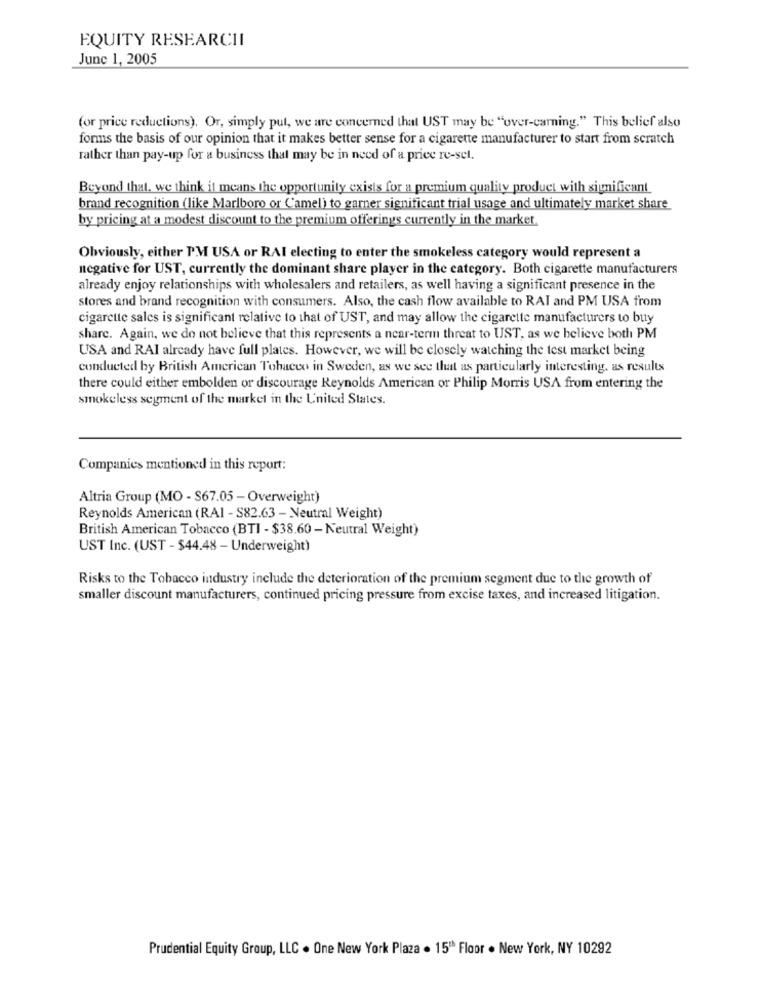
EQUITY RESEARCHI
June 1, 2005
(or price reductions). Or, simply put, we are concerned that UST may be "over-carning." This belief also
forms the basis of our opinion that it makes better sense for a cigarette manufacturer to start from scratch
rather than pay-up for a business that may be in need of a price re-sel.
Beyond that. we think it means the opportunity exists for a premium quality product with significant
brand recognition (like Marlboro or Camel) to garner significant trial usage and ultimately market share
by pricing at a modest discount to the premium offerings currently in the market.
Obviously, either PM USA or RAI electing to enter the smokeless category would represent a
negative for UST, currently the dominant share player in the category. Both cigarette manufacturers
already enjoy relationships with wholesalers and retailers, as well having a significant presence in the
stores and brand recognition with consumers. Also, the cash flow available to RAI and PM USA from
cigarette sales is significant relative to that of UST, and may allow the cigarette manufacturers to buy
share. Again, we do not believe that this represents a near-term threat to UST, as we believe both PM
USA and RAI already have full plates. However, we will be closely watching the test market being
conducted by British American Tobacco in Sweden, as we see that as particularly interesting, as results
there could either embolden or discourage Reynolds American or Philip Morris USA from entering the
smokeless segment of the market in the United States.
Companies mentioned in this report:
Altria Group (MO - S67.05 - Overweight)
Reynolds American (RAI - S82.63 - Neutral Weight)
British American Tobacco (BTI - $38.60 - Neutral Weight)
UST Inc. (UST - $44.48 - Underweight)
Risks to the Tobacco industry include the deterioration of the premium segment due to the growth of
smaller discount manufacturers, continued pricing pressure from excise taxes, and increased litigation.
Prudential Equity Group, LLC . One New York Plaza . 15th Floor . New York, NY 10292